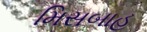
મિસબાહ